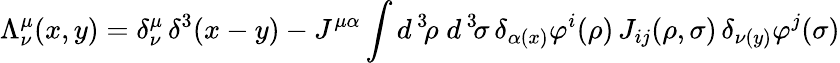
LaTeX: \Lambda_{\nu}^{\mu}(x,y)=\delta_{\nu}^{\mu}\, \delta^{3}(x-y)-J^{\mu\alpha}\int d^{\, 3}\! \rho\; d^{\, 3}\! \sigma\, \delta_{\alpha(x)}\varphi^{i}(\rho)\, J_{ij}(\rho,\sigma)\, \delta_{\nu(y)}\varphi^{j}(\sigma)